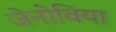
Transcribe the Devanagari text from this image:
जेनोविया